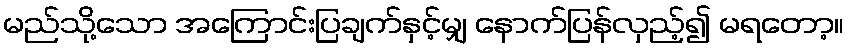
မည်သို့သော အကြောင်းပြချက်နှင့်မျှ နောက်ပြန်လှည့်၍ မရတော့။